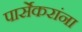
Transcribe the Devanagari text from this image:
पार्सेकरांना